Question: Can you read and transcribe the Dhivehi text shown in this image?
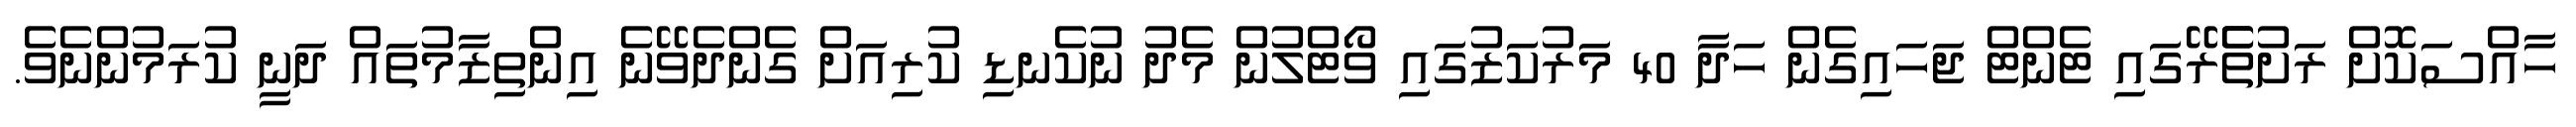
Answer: ހާއްސަކޮށް ރަށުތެެރޭގައި ޓެންޓް ޖަހައިގެން ހަދާ 40 މަރުކަޒުގައި ވޯޓްލުން މެދު ނުކެނޑި ކުރިއަށް ގެންދެވޭނެ އިންތިޒާމުތައް ދަނީ ކުރަމުންނެވެ.